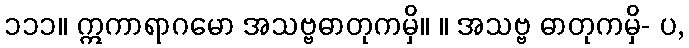
၁၁၁။ ဣကာရာဂမော အသဗ္ဗဓာတုကမှိ။ ။ အသဗ္ဗ ဓာတုကမှိ- ပ,